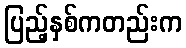
ပြည့်နှစ်ကတည်းက